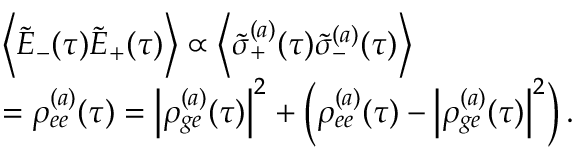
\begin{array} { r l } & { \left\langle \tilde { E } _ { - } ( \tau ) \tilde { E } _ { + } ( \tau ) \right\rangle \propto \left\langle \tilde { \sigma } _ { + } ^ { ( a ) } ( \tau ) \tilde { \sigma } _ { - } ^ { ( a ) } ( \tau ) \right\rangle } \\ & { = \rho _ { e e } ^ { ( a ) } ( \tau ) = \left| \rho _ { g e } ^ { ( a ) } ( \tau ) \right| ^ { 2 } + \left( \rho _ { e e } ^ { ( a ) } ( \tau ) - \left| \rho _ { g e } ^ { ( a ) } ( \tau ) \right| ^ { 2 } \right) . } \end{array}